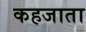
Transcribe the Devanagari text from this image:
कहजाता